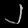
Digit: ၂